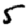
Digit: 5